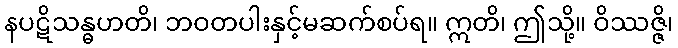
နပဋိသန္ဓဟတိ၊ ဘဝတပါးနှင့်မဆက်စပ်ရ။ ဣတိ၊ ဤသို့။ ဝိဿဇ္ဇိ၊